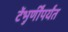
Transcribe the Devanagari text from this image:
टेंभुर्णींपर्यंत